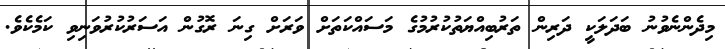
މިދެންނެވުނު ބަދަލަކީ ދަރިން ތަރުބިއްޔަތުކުރުމުގެ މަސައްކަތަށް ވަރަށް ގިނަ ރޮގުން އަސަރުކުރުވަނިވި ކަމެކެވެ.